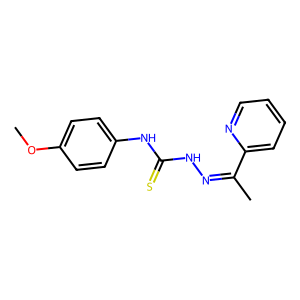
SMILES: COc1ccc(NC(=S)NN=C(C)c2ccccn2)cc1
Inhibits HIV replication: No